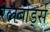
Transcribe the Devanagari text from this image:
रेलबोर्ड्स